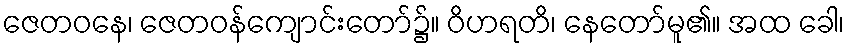
ဇေတဝနေ၊ ဇေတဝန်ကျောင်းတော်၌။ ဝိဟရတိ၊ နေတော်မူ၏။ အထ ခေါ၊